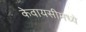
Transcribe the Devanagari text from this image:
केवायसीमध्ये